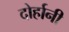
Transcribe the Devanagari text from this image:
दोर्हानी